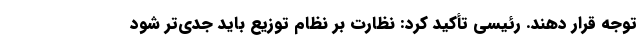
توجه قرار دهند. رئیسی تأکید کرد: نظارت بر نظام توزیع باید جدی‌تر شود